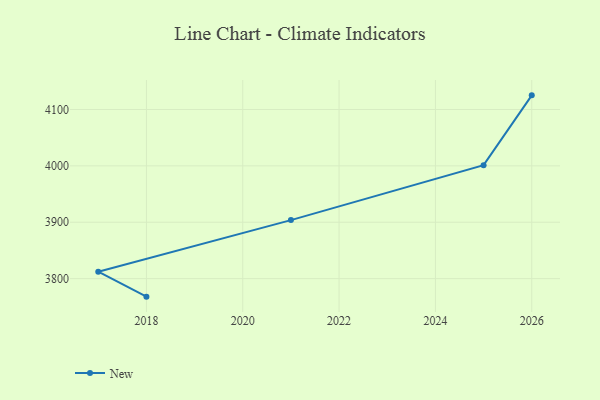
{"axis": {"x": "Year", "y": "Inventory Turnover"}, "legend": ["New"], "data": [{"x": "2026", "y": 4125.1, "type": "New"}, {"x": "2025", "y": 4001.3, "type": "New"}, {"x": "2021", "y": 3903.8, "type": "New"}, {"x": "2017", "y": 3812.2, "type": "New"}, {"x": "2018", "y": 3768.0, "type": "New"}]}